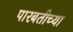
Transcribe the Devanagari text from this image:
पारबतीच्या